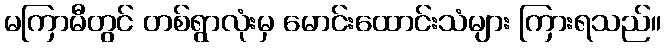
မကြာမီတွင် တစ်ရွာလုံးမှ မောင်းထောင်းသံများ ကြားရသည်။